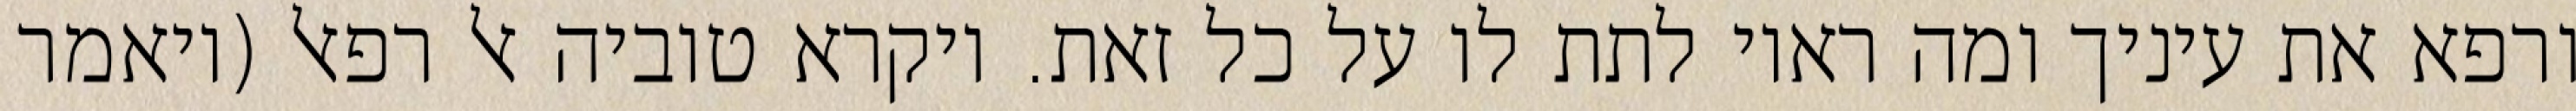
ורפא את עיניך ומה ראוי לתת לו על כל זאת. ויקרא טוביה אל רפאל (ויאמר